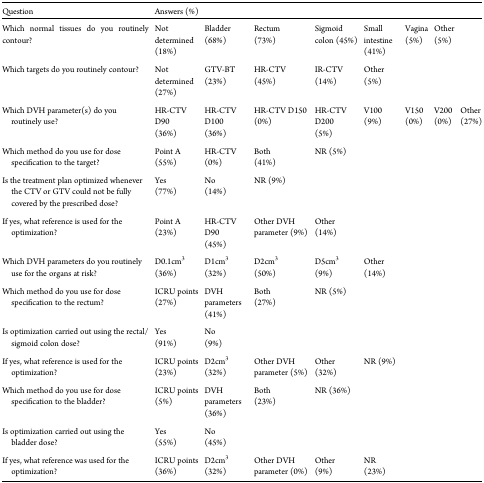
<table><thead><tr><td><b>Question</b></td><td colspan="8"><b>Answers (%)</b></td></tr></thead><tbody><tr><td>Which normal tissues do you routinely contour?</td><td>Not determined(18%)</td><td>Bladder(68%)</td><td>Rectum(73%)</td><td>Sigmoid colon (45%)</td><td>Small intestine(41%)</td><td>Vagina(5%)</td><td>Other(5%)</td><td></td></tr><tr><td>Which targets do you routinely contour?</td><td>Not determined(27%)</td><td>GTV-BT(23%)</td><td>HR-CTV(45%)</td><td>IR-CTV(14%)</td><td>Other(5%)</td><td></td><td></td><td></td></tr><tr><td>Which DVH parameter(s) do you routinely use?</td><td>HR-CTV D90(36%)</td><td>HR-CTV D100(36%)</td><td>HR-CTV D150(0%)</td><td>HR-CTV D200(5%)</td><td>V100(9%)</td><td>V150(0%)</td><td>V200(0%)</td><td>Other(27%)</td></tr><tr><td>Which method do you use for dose specification to the target?</td><td>Point A(55%)</td><td>HR-CTV(0%)</td><td>Both(41%)</td><td>NR (5%)</td><td></td><td></td><td></td><td></td></tr><tr><td>Is the treatment plan optimized whenever the CTV or GTV could not be fully covered by the prescribed dose?</td><td>Yes(77%)</td><td>No(14%)</td><td>NR (9%)</td><td></td><td></td><td></td><td></td><td></td></tr><tr><td>If yes, what reference is used for the optimization?</td><td>Point A(23%)</td><td>HR-CTV D90(45%)</td><td>Other DVH parameter (9%)</td><td>Other(14%)</td><td></td><td></td><td></td><td></td></tr><tr><td>Which DVH parameters do you routinely use for the organs at risk?</td><td>D0.1cm<sup>3</sup>(36%)</td><td>D1cm<sup>3</sup>(32%)</td><td>D2cm<sup>3</sup>(50%)</td><td>D5cm<sup>3</sup>(9%)</td><td>Other(14%)</td><td></td><td></td><td></td></tr><tr><td>Which method do you use for dose specification to the rectum?</td><td>ICRU points(27%)</td><td>DVH parameters(41%)</td><td>Both(27%)</td><td>NR (5%)</td><td></td><td></td><td></td><td></td></tr><tr><td>Is optimization carried out using the rectal/sigmoid colon dose?</td><td>Yes(91%)</td><td>No(9%)</td><td></td><td></td><td></td><td></td><td></td><td></td></tr><tr><td>If yes, what reference is used for the optimization?</td><td>ICRU points(23%)</td><td>D2cm<sup>3</sup>(32%)</td><td>Other DVH parameter (5%)</td><td>Other(32%)</td><td>NR (9%)</td><td></td><td></td><td></td></tr><tr><td>Which method do you use for dose specification to the bladder?</td><td>ICRU points(5%)</td><td>DVH parameters(36%)</td><td>Both(23%)</td><td>NR (36%)</td><td></td><td></td><td></td><td></td></tr><tr><td>Is optimization carried out using the bladder dose?</td><td>Yes(55%)</td><td>No(45%)</td><td></td><td></td><td></td><td></td><td></td><td></td></tr><tr><td>If yes, what reference was used for the optimization?</td><td>ICRU points(36%)</td><td>D2cm<sup>3</sup>(32%)</td><td>Other DVHparameter (0%)</td><td>Other(9%)</td><td>NR (23%)</td><td></td><td></td><td></td></tr></tbody></table>